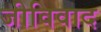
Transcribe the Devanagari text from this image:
जीविवाद